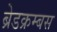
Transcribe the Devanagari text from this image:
ब्रेडक्रम्बस